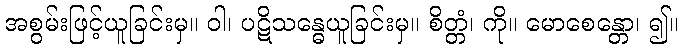
အစွမ်းဖြင့်ယူခြင်းမှ။ ဝါ၊ ပဋိသန္ဓေယူခြင်းမှ။ စိတ္တံ၊ ကို။ မောစေန္တော၊ ၍။